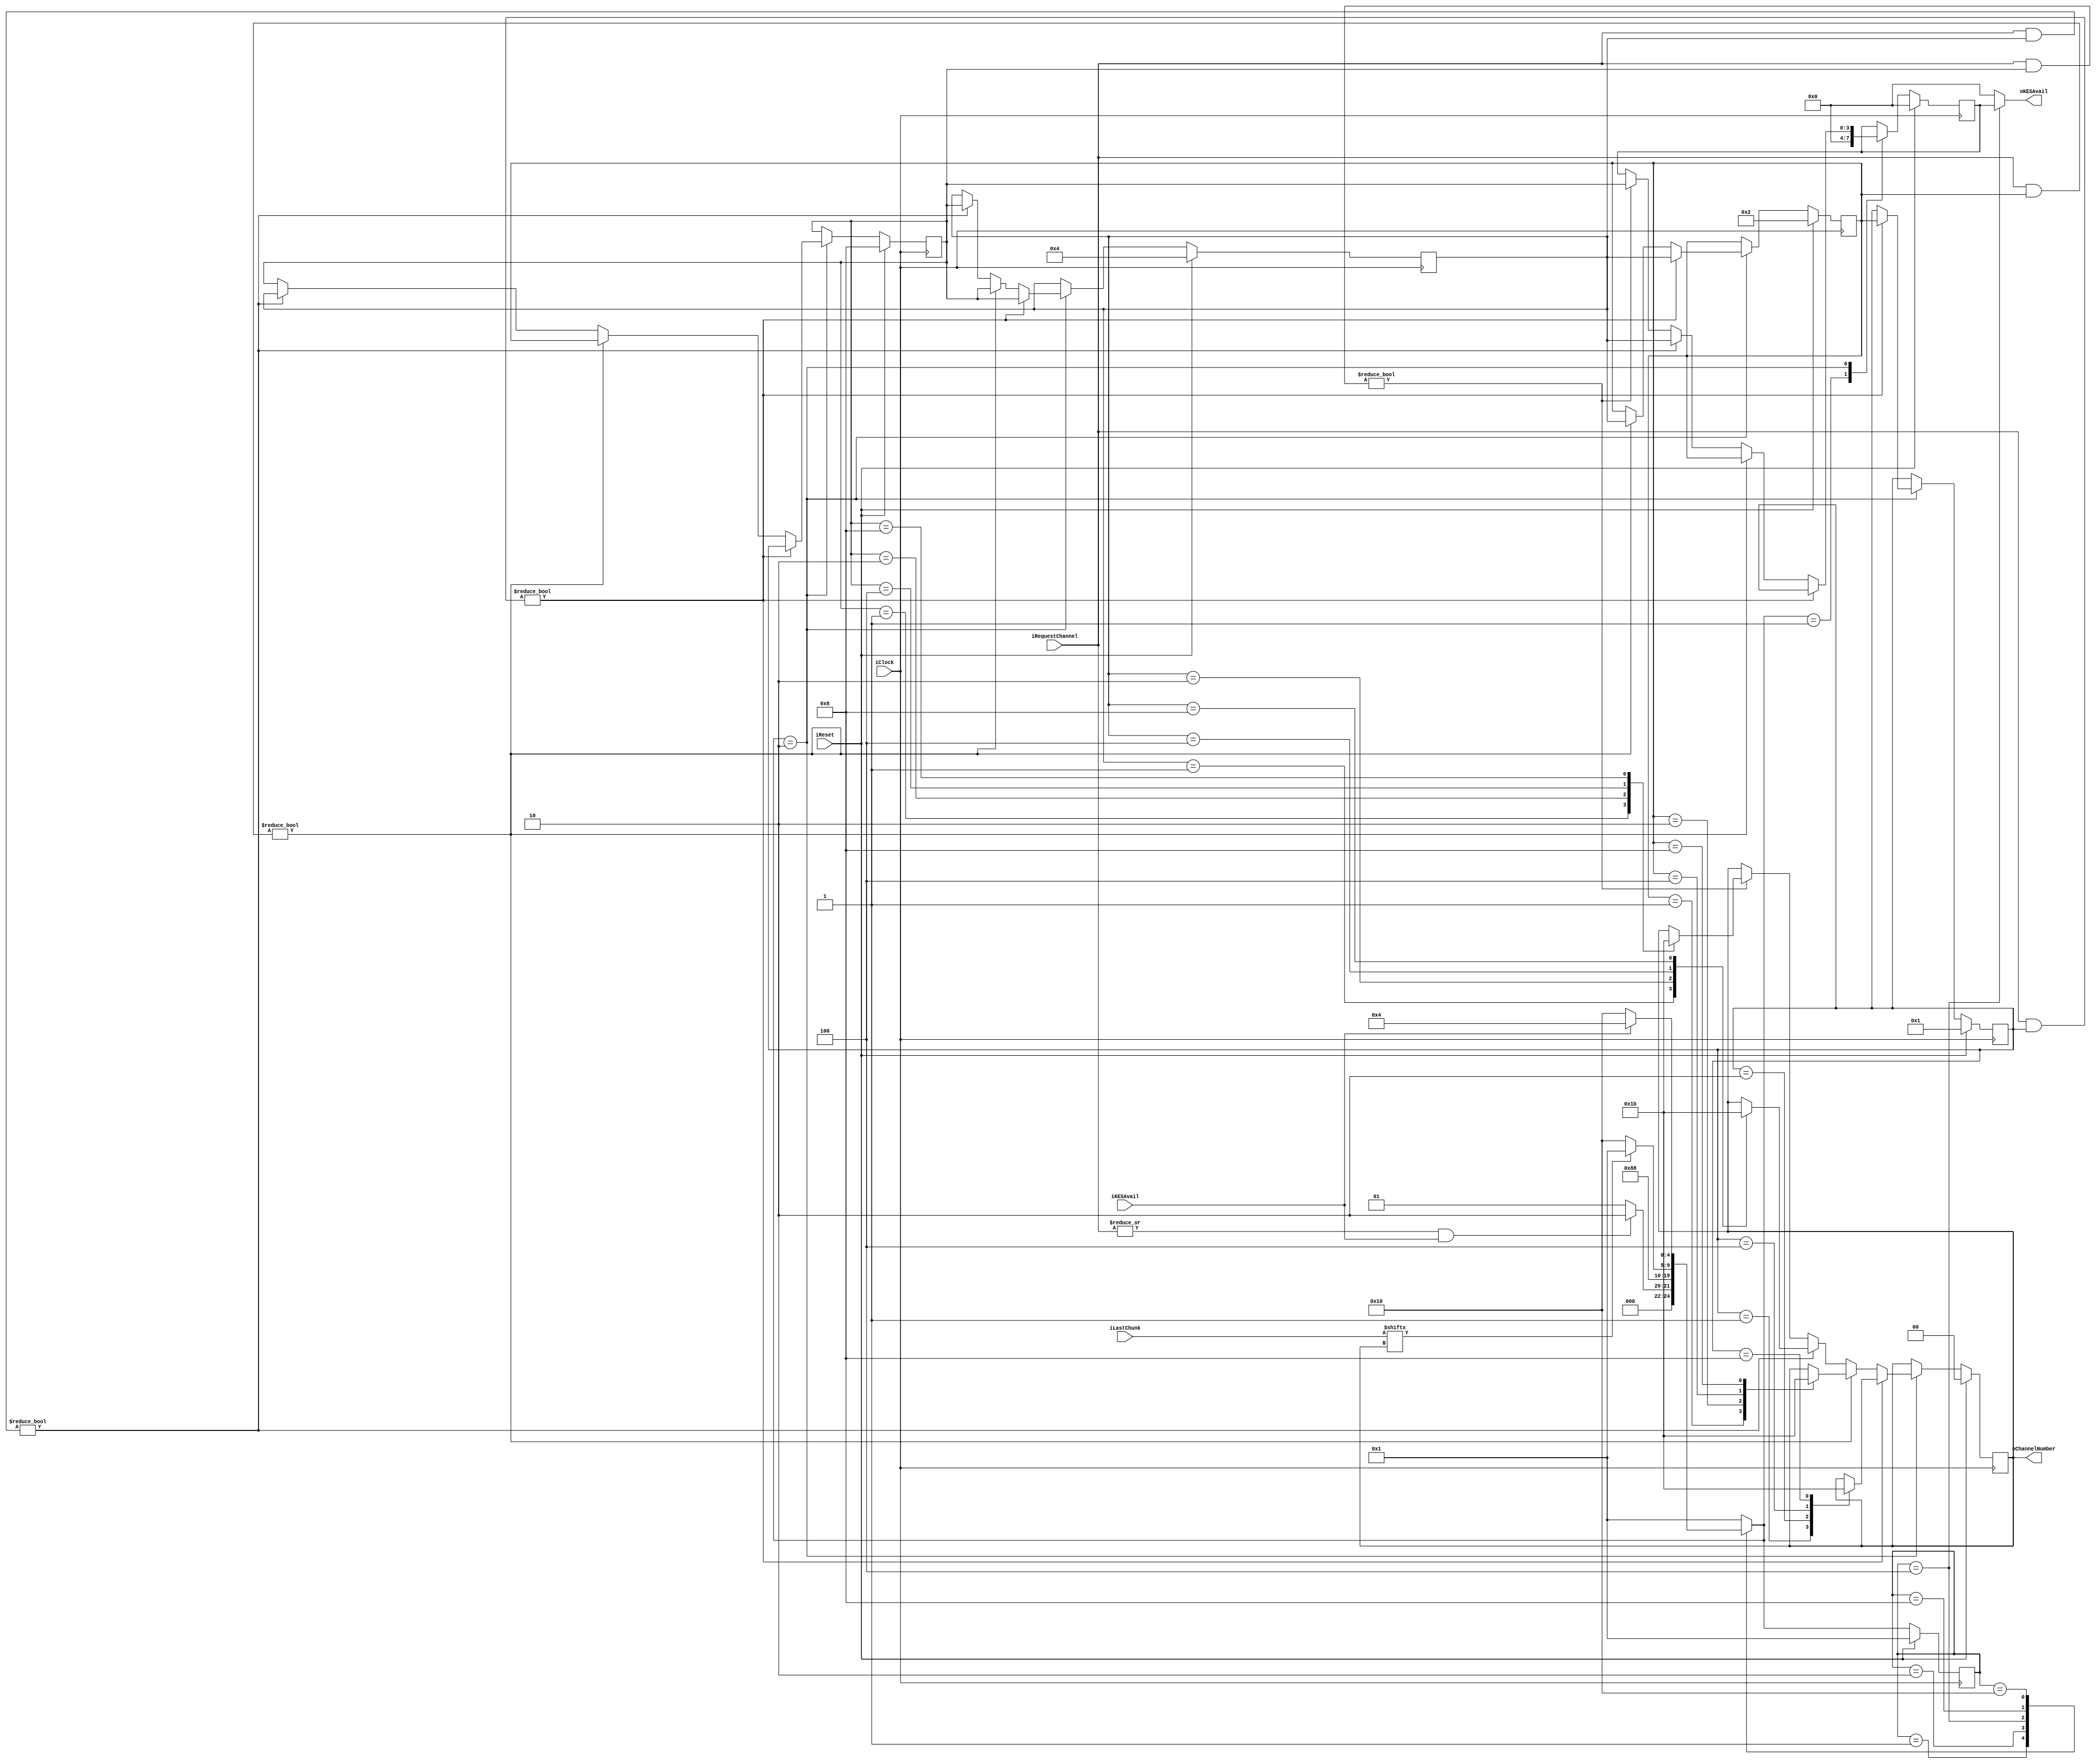
module ChannelArbiter
(
    iClock          ,
    iReset          ,
    iRequestChannel ,
    iLastChunk      ,
    oKESAvail       ,
    oChannelNumber  ,
    iKESAvail
);

    input           iClock          ;
    input           iReset          ;
    input   [3:0]   iRequestChannel ;
    input   [3:0]   iLastChunk      ;
    output  [3:0]   oKESAvail       ;
    output  [1:0]   oChannelNumber  ;
    input           iKESAvail       ;
        
    reg     [3:0]   rPriorityQ0     ;
    reg     [3:0]   rPriorityQ1     ;
    reg     [3:0]   rPriorityQ2     ;
    reg     [3:0]   rPriorityQ3     ;
    reg     [3:0]   rKESAvail       ;
    reg     [1:0]   rChannelNumber  ;
    
    localparam  State_Idle          = 5'b00001;
    localparam  State_Select        = 5'b00010;
    localparam  State_Out           = 5'b00100;
    localparam  State_Dummy         = 5'b01000;
    localparam  State_Standby       = 5'b10000;
    
    reg     [4:0]   rCurState   ;
    reg     [4:0]   rNextState  ;
    
    always @ (posedge iClock)
        if (iReset)
            rCurState <= State_Idle;
        else
            rCurState <= rNextState;
    
    always @ (*)
        case (rCurState)
        State_Idle:
            if (|iRequestChannel && iKESAvail)
                rNextState <= State_Select;
            else
                rNextState <= State_Idle;
        State_Select:
            rNextState <= State_Out;
        State_Out:
            rNextState <= State_Dummy;
        State_Dummy:
            rNextState <= (iLastChunk[rChannelNumber]) ? State_Idle : State_Standby;
        State_Standby:
            if (iKESAvail)
                rNextState <= State_Out;
            else
                rNextState <= State_Standby;
        default:
            rNextState <= State_Idle;
        endcase
        
    always @ (posedge iClock)
        if (iReset)
        begin
            rKESAvail <= 4'b0;
            rChannelNumber <= 2'b0;
        end
        else
            case (rNextState)
            State_Idle:
            begin
                rKESAvail <= 4'b0;
                rChannelNumber <= rChannelNumber;
            end
            State_Select:
            if (iRequestChannel & rPriorityQ0)
                begin
                    rKESAvail <= rPriorityQ0;
                    case (rPriorityQ0)
                    4'b0001:
                        rChannelNumber <= 2'b00;
                    4'b0010:
                        rChannelNumber <= 2'b01;
                    4'b0100:
                        rChannelNumber <= 2'b10;
                    4'b1000:
                        rChannelNumber <= 2'b11;
                    default:
                        rChannelNumber <= rChannelNumber;
                    endcase
                end
            else if (iRequestChannel & rPriorityQ1)
                begin
                    rKESAvail <= rPriorityQ1;
                    case (rPriorityQ1)
                    4'b0001:
                        rChannelNumber <= 2'b00;
                    4'b0010:
                        rChannelNumber <= 2'b01;
                    4'b0100:
                        rChannelNumber <= 2'b10;
                    4'b1000:
                        rChannelNumber <= 2'b11;
                    default:
                        rChannelNumber <= rChannelNumber;
                    endcase
                end
            else if (iRequestChannel & rPriorityQ2)
                begin
                    rKESAvail <= rPriorityQ2;
                    case (rPriorityQ2)
                    4'b0001:
                        rChannelNumber <= 2'b00;
                    4'b0010:
                        rChannelNumber <= 2'b01;
                    4'b0100:
                        rChannelNumber <= 2'b10;
                    4'b1000:
                        rChannelNumber <= 2'b11;
                    default:
                        rChannelNumber <= rChannelNumber;
                    endcase
                end
            else if (iRequestChannel & rPriorityQ3)
                begin
                    rKESAvail <= rPriorityQ3;
                    case (rPriorityQ3)
                    4'b0001:
                        rChannelNumber <= 2'b00;
                    4'b0010:
                        rChannelNumber <= 2'b01;
                    4'b0100:
                        rChannelNumber <= 2'b10;
                    4'b1000:
                        rChannelNumber <= 2'b11;
                    default:
                        rChannelNumber <= rChannelNumber;
                    endcase
                end
            default:
            begin
                rKESAvail <= rKESAvail;
                rChannelNumber <= rChannelNumber;
            end
            endcase
            
    always @ (posedge iClock)
        if (iReset)
            begin
                rPriorityQ0 <= 4'b0001;
                rPriorityQ1 <= 4'b0010;
                rPriorityQ2 <= 4'b0100;
                rPriorityQ3 <= 4'b1000;
            end
        else 
            case (rNextState)
            State_Select:
            if (iRequestChannel & rPriorityQ0)
                begin
                    rPriorityQ0 <= rPriorityQ1;
                    rPriorityQ1 <= rPriorityQ2;
                    rPriorityQ2 <= rPriorityQ3;
                    rPriorityQ3 <= rPriorityQ0;
                end
            else if (iRequestChannel & rPriorityQ1)
                begin
                    rPriorityQ1 <= rPriorityQ2;
                    rPriorityQ2 <= rPriorityQ3;
                    rPriorityQ3 <= rPriorityQ1;
                end
            else if (iRequestChannel & rPriorityQ2)
                begin
                    rPriorityQ2 <= rPriorityQ3;
                    rPriorityQ3 <= rPriorityQ2;
                end
            default:
            begin
                rPriorityQ0 <= rPriorityQ0;
                rPriorityQ1 <= rPriorityQ1;
                rPriorityQ2 <= rPriorityQ2;
                rPriorityQ3 <= rPriorityQ3;
            end
            endcase
            
    assign oKESAvail = (rCurState == State_Out) ? rKESAvail : 4'b0;
    assign oChannelNumber = rChannelNumber;
endmodule